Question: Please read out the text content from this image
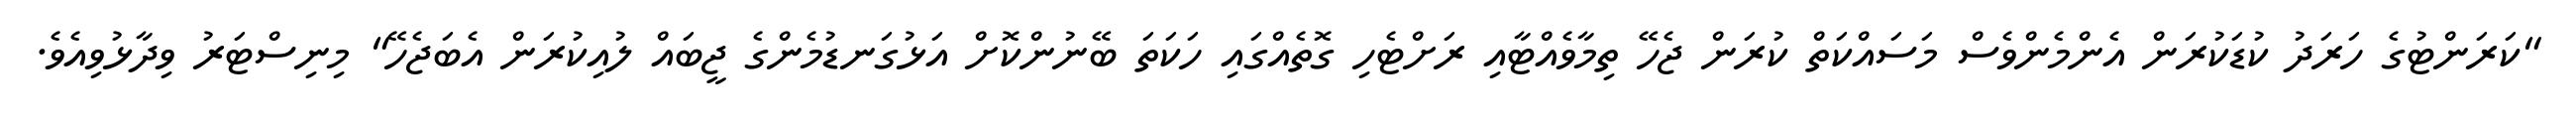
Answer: "ކަރަންޓުގެ ހަރަދު ކުޑަކުރަން އެންމެންވެސް މަސައްކަތް ކުރަން ޖެހޭ ތިމާވެއްޓާއި ރަށްޓެހި ގޮތެއްގައި ހަކަތަ ބޭނުންކޮށް އަޅުގަނޑުމެންގެ ޖީބައް ލުއިކުރަން އެބަޖެހޭ" މިނިސްޓަރު ވިދާޅުވިއެވެ.